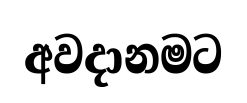
අවදානමට